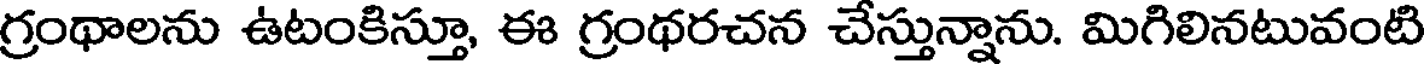
గ్రంథాలను ఉటంకిస్తూ, ఈ గ్రంథరచన చేస్తున్నాను. మిగిలినటువంటి